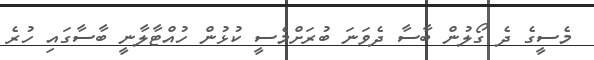
މެސީގެ ދެ ގޯލުން ބާސާ ދެވަނަ ބުރަށްމެސީ ކުޅުން ހުއްޓާލާނީ ބާސާގައި ހުރެ